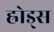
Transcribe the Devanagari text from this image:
ह्रोड्स